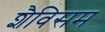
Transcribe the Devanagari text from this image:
शैविसम